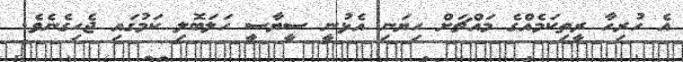
އެ ހުރިހާ ރީތިކަމެއްގެ މައްޗަށް ހިޔަނި އެޅުނީ ސީޔާސީ ހަލަބޮލި ކަމުގައި ޖެހިގެނެވެ.